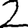
Digit: 2